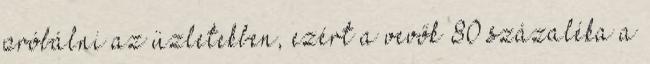
próbálni az üzletekben, ezért a vevők 80 százaléka a